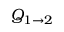
Q _ { 1 \rightarrow 2 }